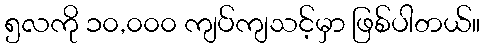
၅လကို ၁၀,၀၀၀ ကျပ်ကျသင့်မှာ ဖြစ်ပါတယ်။